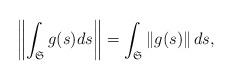
LaTeX: \begin{align*}\left\| \int_{{\mathfrak S}}g(s)ds\right\| =\int_{{\mathfrak S}}\left\|g(s)\right\| ds, \end{align*}